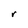
Character: r